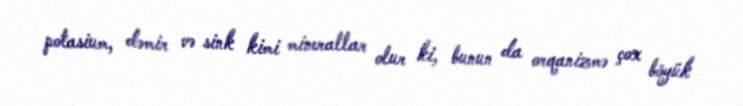
potasium, dəmir və sink kimi minerallar olur ki, bunun da orqanizmə çox böyük